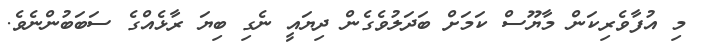
މި އުފާވެރިކަން މާޔޫސް ކަމަށް ބަދަލުވެގެން ދިޔައީ ނެގި ބިޔަ ރާޅެއްގެ ސަބަބުންނެވެ.